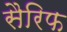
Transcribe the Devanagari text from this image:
सैरिफ